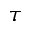
\tau